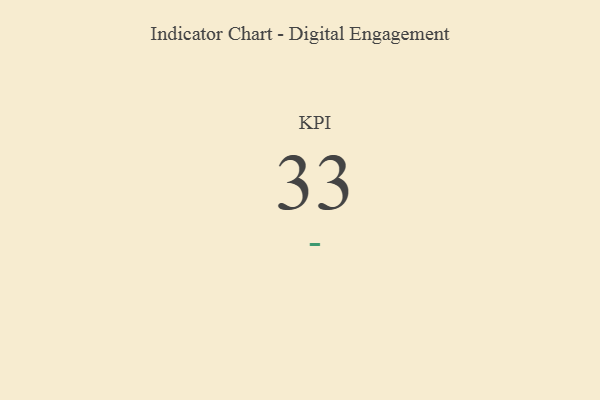
{"axis": {"x": "KPI", "y": "Value"}, "legend": [""], "data": [{"x": "KPI", "y": 33, "type": ""}]}